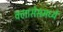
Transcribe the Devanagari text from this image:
क्लासेसमध्ये